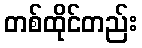
တစ်ထိုင်တည်း